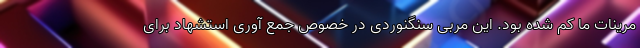
مرینات ما کم شده بود. این مربی سنگنوردی در خصوص جمع آوری استشهاد برای